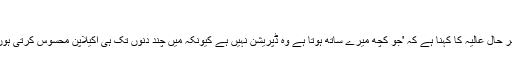
'
بہر حال عالیہ کا کہنا ہے کہ 'جو کچھ میرے ساتھ ہوتا ہے وہ ڈپریشن نہیں ہے کیونکہ میں چند دنوں تک ہی اکیلاپن محسوس کرتی ہوں۔